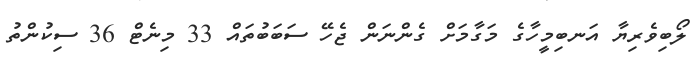
ލޯބިވެރިޔާ އަނބިމީހާގެ މަގާމަށް ގެންނަން ޖެހޭ ސަބަބުތައް 33 މިނެޓް 36 ސިކުންތު